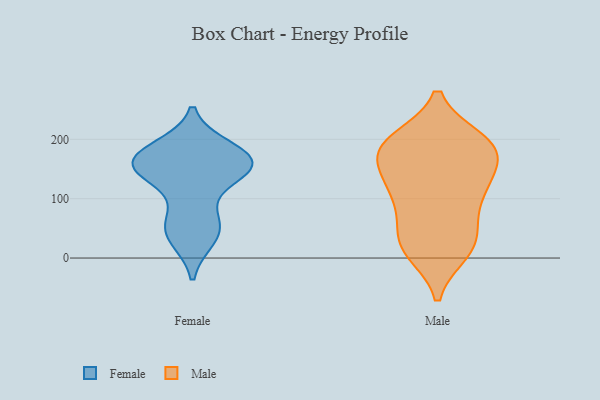
{"axis": {"x": "Operating Costs (USD K)", "y": "Value"}, "legend": ["Female", "Male"], "data": [{"x": "", "y": 61, "type": "Female"}, {"x": "", "y": 184, "type": "Female"}, {"x": "", "y": 141, "type": "Female"}, {"x": "", "y": 155, "type": "Female"}, {"x": "", "y": 156, "type": "Female"}, {"x": "", "y": 62, "type": "Female"}, {"x": "", "y": 177, "type": "Female"}, {"x": "", "y": 159, "type": "Female"}, {"x": "", "y": 34, "type": "Female"}, {"x": "", "y": 163, "type": "Female"}, {"x": "", "y": 39, "type": "Female"}, {"x": "", "y": 143, "type": "Female"}, {"x": "", "y": 166, "type": "Female"}, {"x": "", "y": 11, "type": "Male"}, {"x": "", "y": 80, "type": "Male"}, {"x": "", "y": 16, "type": "Male"}, {"x": "", "y": 198, "type": "Male"}, {"x": "", "y": 125, "type": "Male"}, {"x": "", "y": 183, "type": "Male"}, {"x": "", "y": 171, "type": "Male"}, {"x": "", "y": 43, "type": "Male"}, {"x": "", "y": 100, "type": "Male"}, {"x": "", "y": 182, "type": "Male"}, {"x": "", "y": 112, "type": "Male"}, {"x": "", "y": 31, "type": "Male"}, {"x": "", "y": 126, "type": "Male"}, {"x": "", "y": 191, "type": "Male"}, {"x": "", "y": 188, "type": "Male"}, {"x": "", "y": 18, "type": "Male"}, {"x": "", "y": 147, "type": "Male"}, {"x": "", "y": 196, "type": "Male"}]}